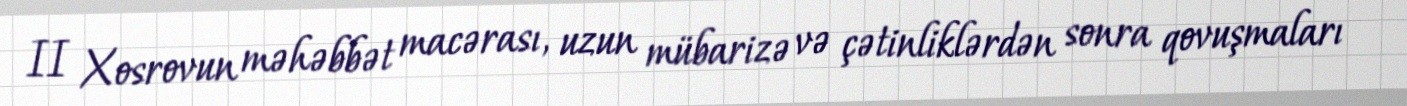
II Xosrovun məhəbbət macərası, uzun mübarizə və çətinliklərdən sonra qovuşmaları